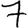
Digit: 7